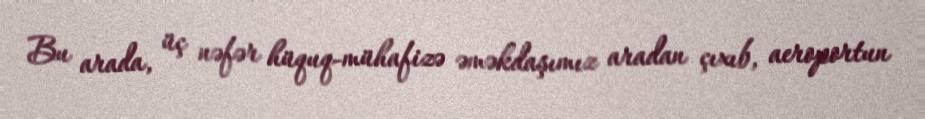
Bu arada, üç nəfər hüquq-mühafizə əməkdaşımız aradan çıxıb, aeroportun